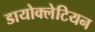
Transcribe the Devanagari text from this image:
डायोक्लेटियन